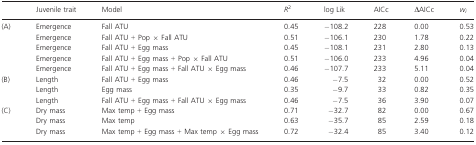
<table><thead><tr><td></td><td><b>Juvenile trait</b></td><td><b>Model</b></td><td><b><i>R</i><sup>2</sup></b></td><td><b>log Lik</b></td><td><b>AICc</b></td><td><b>ΔAICc</b></td><td><b><i>w</i><sub><i>i</i></sub></b></td></tr></thead><tbody><tr><td rowspan="5">(A)</td><td>Emergence</td><td>Fall ATU</td><td>0.45</td><td>−108.2</td><td>228</td><td>0.00</td><td>0.53</td></tr><tr><td>Emergence</td><td>Fall ATU + Pop × Fall ATU</td><td>0.51</td><td>−106.1</td><td>230</td><td>1.78</td><td>0.22</td></tr><tr><td>Emergence</td><td>Fall ATU + Egg mass</td><td>0.45</td><td>−108.1</td><td>231</td><td>2.80</td><td>0.13</td></tr><tr><td>Emergence</td><td>Fall ATU + Egg mass + Pop × Fall ATU</td><td>0.51</td><td>−106.0</td><td>233</td><td>4.96</td><td>0.04</td></tr><tr><td>Emergence</td><td>Fall ATU + Egg mass + Fall ATU × Egg mass</td><td>0.46</td><td>−107.7</td><td>233</td><td>5.11</td><td>0.04</td></tr><tr><td rowspan="3">(B)</td><td>Length</td><td>Fall ATU + Egg mass</td><td>0.46</td><td>−7.5</td><td>32</td><td>0.00</td><td>0.52</td></tr><tr><td>Length</td><td>Egg mass</td><td>0.35</td><td>−9.7</td><td>33</td><td>0.82</td><td>0.35</td></tr><tr><td>Length</td><td>Fall ATU + Egg mass + Fall ATU × Egg mass</td><td>0.46</td><td>−7.5</td><td>36</td><td>3.90</td><td>0.07</td></tr><tr><td rowspan="3">(C)</td><td>Dry mass</td><td>Max temp + Egg mass</td><td>0.71</td><td>−32.7</td><td>82</td><td>0.00</td><td>0.67</td></tr><tr><td>Dry mass</td><td>Max temp</td><td>0.63</td><td>−35.7</td><td>85</td><td>2.59</td><td>0.18</td></tr><tr><td>Dry mass</td><td>Max temp + Egg mass + Max temp × Egg mass</td><td>0.72</td><td>−32.4</td><td>85</td><td>3.40</td><td>0.12</td></tr></tbody></table>